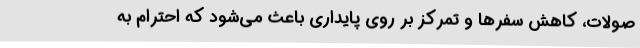
صولات، کاهش سفرها و تمرکز بر روی پایداری باعث می‌شود که احترام به